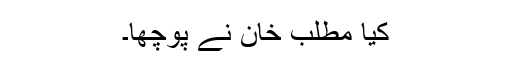
کیا مطلب خان نے پوچھا۔